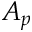
A _ { p }